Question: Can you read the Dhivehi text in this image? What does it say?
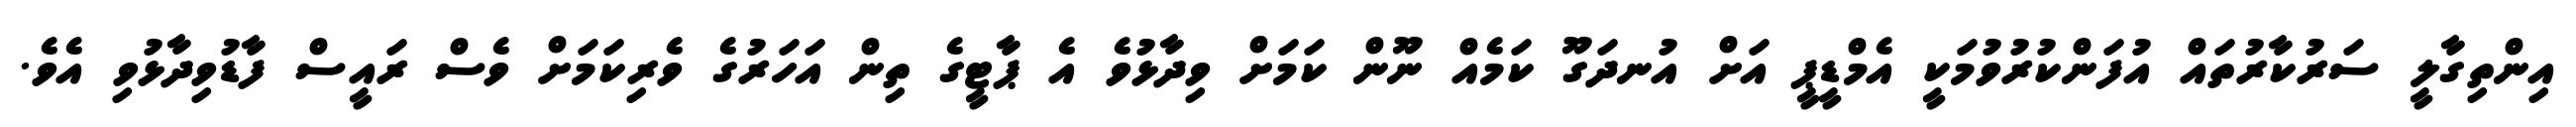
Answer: އިންތިގާލީ ސަރުކާރުތައް އުފަންކުރުވުމަކީ އެމްޑީޕީ އަށް އުނދަގޫ ކަމެއް ނޫން ކަމަށް ވިދާޅުވެ އެ ޕާޓީގެ ތިން އަހަރުގެ ވެރިކަމަށް ވެސް ރައީސް ފާޑުވިދާޅުވި އެވެ.